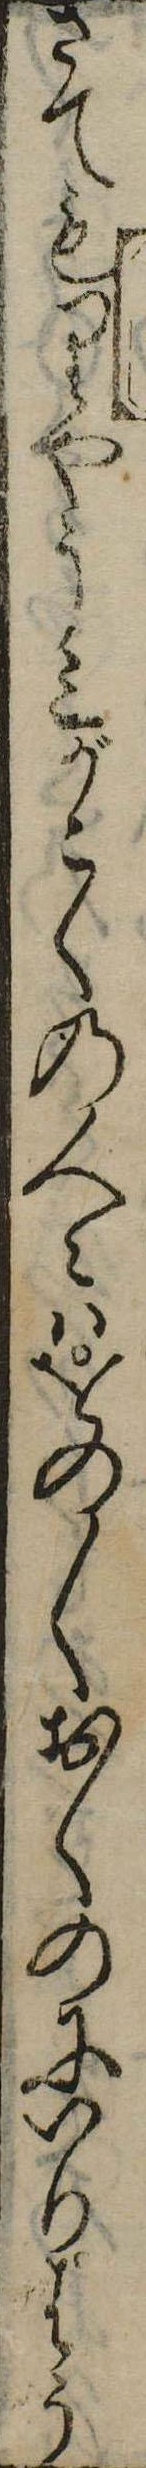
さてもりやう三がこくの人々はをの〱おくのにいりはう